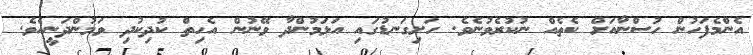
އެންމެފަހުން ހުސްނާއަށް ކެތެއް ނުކުރެވުނެވެ. ހަށިގަނޑުގައި އަޅަމުންދާ ވޭނުން އެހިތް ކުދިކުދި ވަމުންދަނީއެވެ.